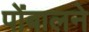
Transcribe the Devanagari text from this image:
पोंबालने